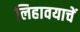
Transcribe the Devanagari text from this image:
लिहावयाचें